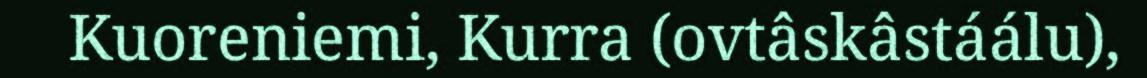
Kuoreniemi, Kurra (ovtâskâstáálu),